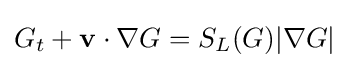
G_{t}+\mathbf {v} \cdot \nabla G=S_{L}(G)|\nabla G|